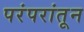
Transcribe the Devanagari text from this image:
परंपरांतून